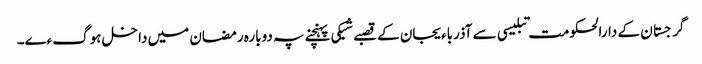
گرجستان کے دارالحکومت تبلیسی سے آذرباءیجان کے قصبے شیکی پہنچنے پہ دوبارہ رمضان میں داخل ہوگءے۔